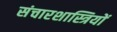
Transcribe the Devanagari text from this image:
संचारशास्त्रियों